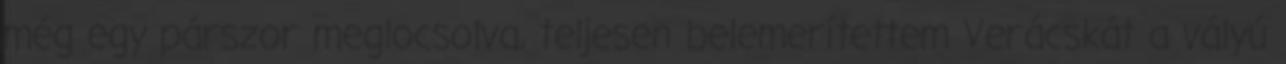
még egy párszor meglocsolva, teljesen belemerítettem Verácskát a vályú